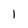
Character: 1